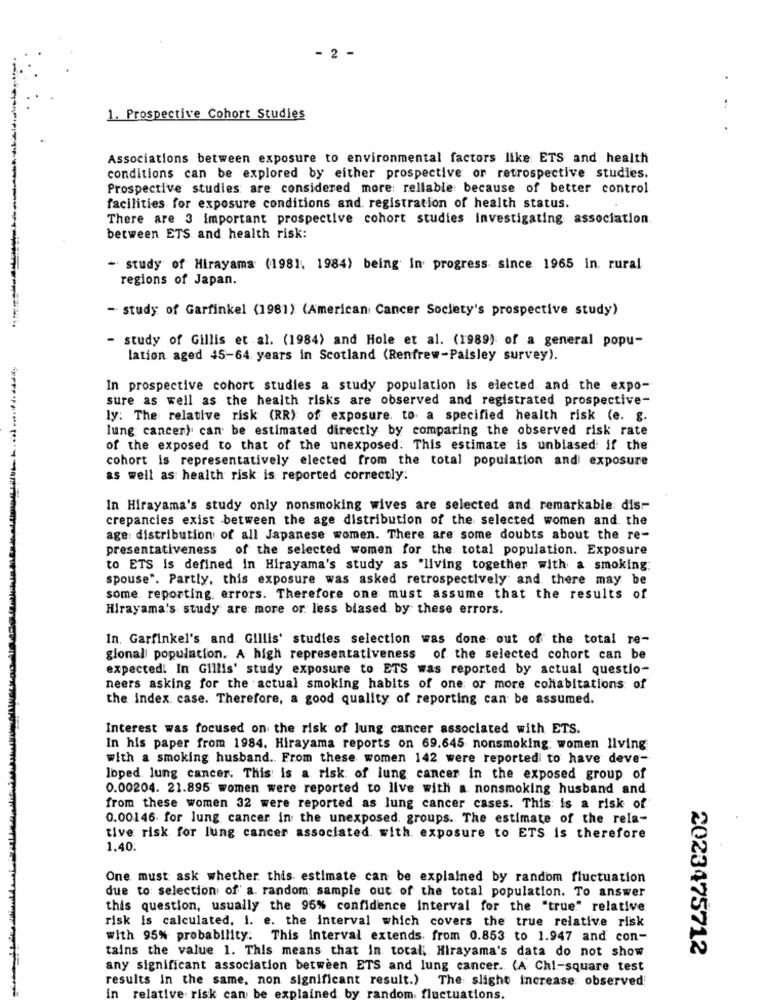
2 -
1. Prospective Cohort Studies
Associations between exposure to environmental factors like ETS and health
conditions can be explored by either prospective or retrospective studies.
Prospective studies are considered more reliable because of better control
facilities for exposure conditions and. registration of health status.
There are 3 Important prospective cohort studies investigating association.
between ETS and health risk:
- study of Hirayama (1981. 1984) being In progress since 1965 in. rural
regions of Japan.
- study of Garfinkel (1981) (American Cancer Society's prospective study)
- study of Gillis et al. (1984) and Hole et al. (1989) of a general popu-
lation aged 45-64 years in Scotland (Renfrew-Paisley survey).
In prospective cohort studies a study population is elected and the expo-
sure as well as the health risks are observed and registrated prospective-
ly: The relative risk (RR) of exposure. to a specified health risk (e. g.
lung cancer) can be estimated directly by comparing the observed risk rate
of the exposed to that of the unexposed. This estimate is unbiased if the
cohort is representatively elected from the total population and exposure
as well as health risk is reported correctly:
In Hirayama's study only nonsmoking wives are selected and remarkable: dis-
crepancies exist between the age distribution of the selected women and. the
age: distribution of all Japanese women. There are some doubts about the re-
presentativeness of the selected women for the total population. Exposure
to ETS is defined in Hirayama's study as "living together with a smoking:
spouse". Partly, this exposure was asked retrospectively and there may be
some reporting, errors. Therefore one must assume that the results of
Hirayama's study are more or less biased by these errors.
In. Garfinkel's and Gillis' studies selection was done out of the total re-
gional population. A high representativeness of the selected cohort can be
expected! In Gillis' study exposure to ETS was reported by actual questio-
neers asking for the actual smoking habits of one or more cohabitations of
the Index case. Therefore, a good quality of reporting can be assumed.
Interest was focused on the risk of lung cancer associated with ETS.
In his paper from 1984. Hirayama reports on 69.645 nonsmoking: women living
with a smoking husband .. From these women 142 were reported to have deve-
lbped lung cancer. This is a risk of lung cancer in the exposed group of
0.00204. 21.895 women were reported to live with a nonsmoking husband and
from these women 32 were reported as lung cancer cases. This is a risk of
0.00146 for lung cancer in the unexposed. groups. The estimate of the rela-
tive risk for lung cancer associated with exposure to ETS is therefore
1.40.
One must ask whether this estimate can be explained by random fluctuation
due to selection of' a. random sample out of the total population. To answer
this question, usually the 95% confidence interval for the "true" relative
risk is calculated, i. e. the interval which covers the true relative risk
with 95% probability. This interval extends. from 0.853 to 1.947 and con-
tains the value 1. This means that in total; Hirayama's data do not show
2023475712
any significant association between ETS and lung cancer. (A Chi-square test
results In the same, non significant result.) The slight increase observed!
in relative risk can
ained by random.